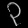
Digit: ၃